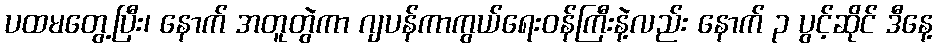
ပထမတွေ့ပြီး၊ နောက် အတူတွဲကာ ဂျပန်ကာကွယ်ရေးဝန်ကြီးနဲ့လည်း နောက် ၃ ပွင့်ဆိုင် ဒီနေ့